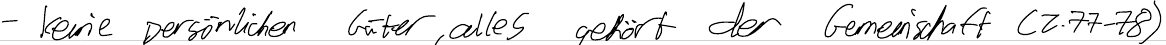
- keine persönlichen Güter, alles gehört der Gemeinschaft (Z.77-78)